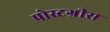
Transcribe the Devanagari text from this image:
पोस्टग्रीस